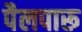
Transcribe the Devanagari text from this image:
पैलपारू